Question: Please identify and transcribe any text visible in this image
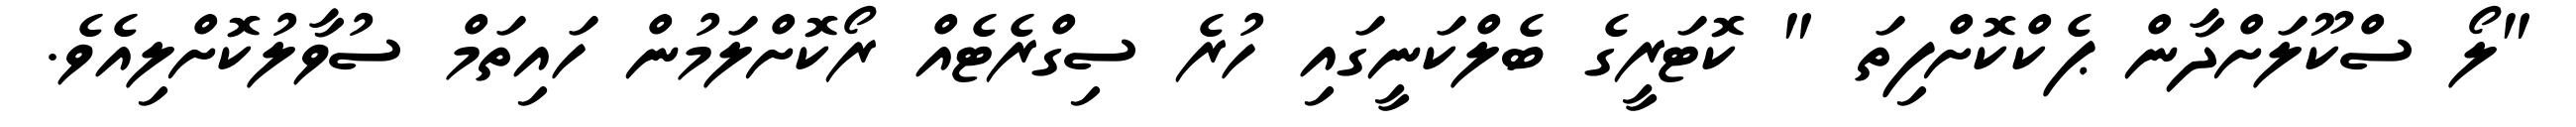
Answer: "ލޯ ސްކޫލަށްދާން ޕެކްކޮށްފިތަ " ކޮޓަރީގެ ބެލްކަނީގައި ހުރެ ސިގްރެޓެއް ރޯކޮށްލަމުން ހައިތަމް ސުވާލުކޮށްލިއެވެ.